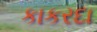
કાકરદા